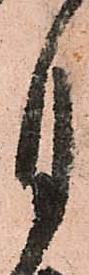
月